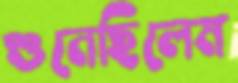
শুনেছিলেম